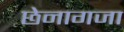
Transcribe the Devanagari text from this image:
छेनागजा